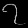
Digit: ၇